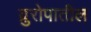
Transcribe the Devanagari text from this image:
य्रुरोपातील